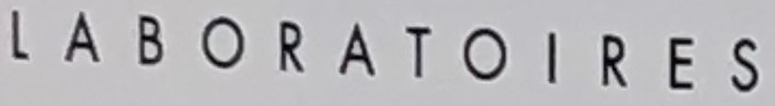
LABORATOIRES